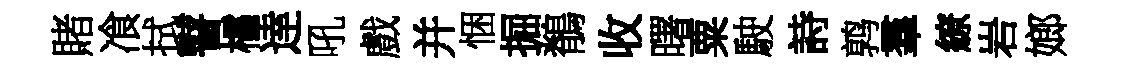
賭飡拭瞽櫺逹吼戲并悃掘鶺收曙粟駛詩鹑羣繚岩嫏